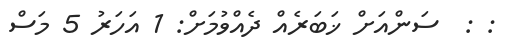
: :  ސަންއަށް ޚަބަރެއް ދެއްވުމަށް: 1 އަހަރު 5 މަސް